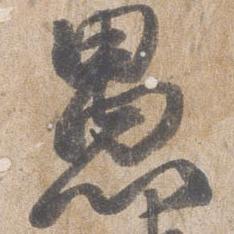
愚